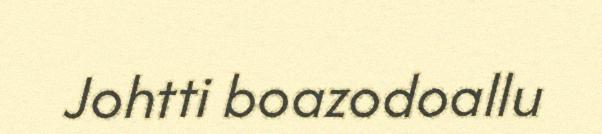
Johtti boazodoallu